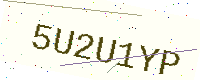
Text: 5U2U1YP